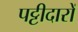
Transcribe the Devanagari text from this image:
पट्टीदारों